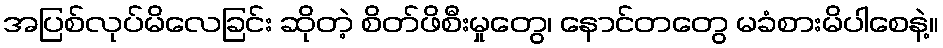
အပြစ်လုပ်မိလေခြင်း ဆိုတဲ့ စိတ်ဖိစီးမှုတွေ၊ နောင်တတွေ မခံစားမိပါစေနဲ့။